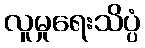
လူမှုရေးသိပ္ပံ